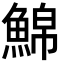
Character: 𩸊